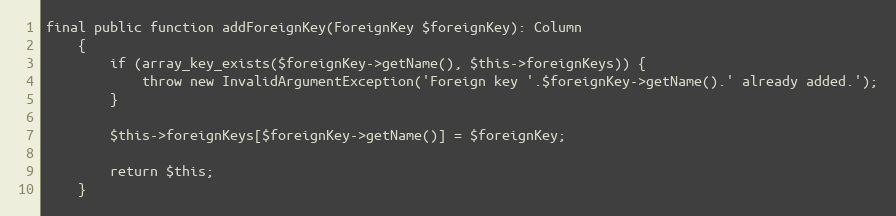
Language: PHP
final public function addForeignKey(ForeignKey $foreignKey): Column
    {
        if (array_key_exists($foreignKey->getName(), $this->foreignKeys)) {
            throw new InvalidArgumentException('Foreign key '.$foreignKey->getName().' already added.');
        }

        $this->foreignKeys[$foreignKey->getName()] = $foreignKey;

        return $this;
    }